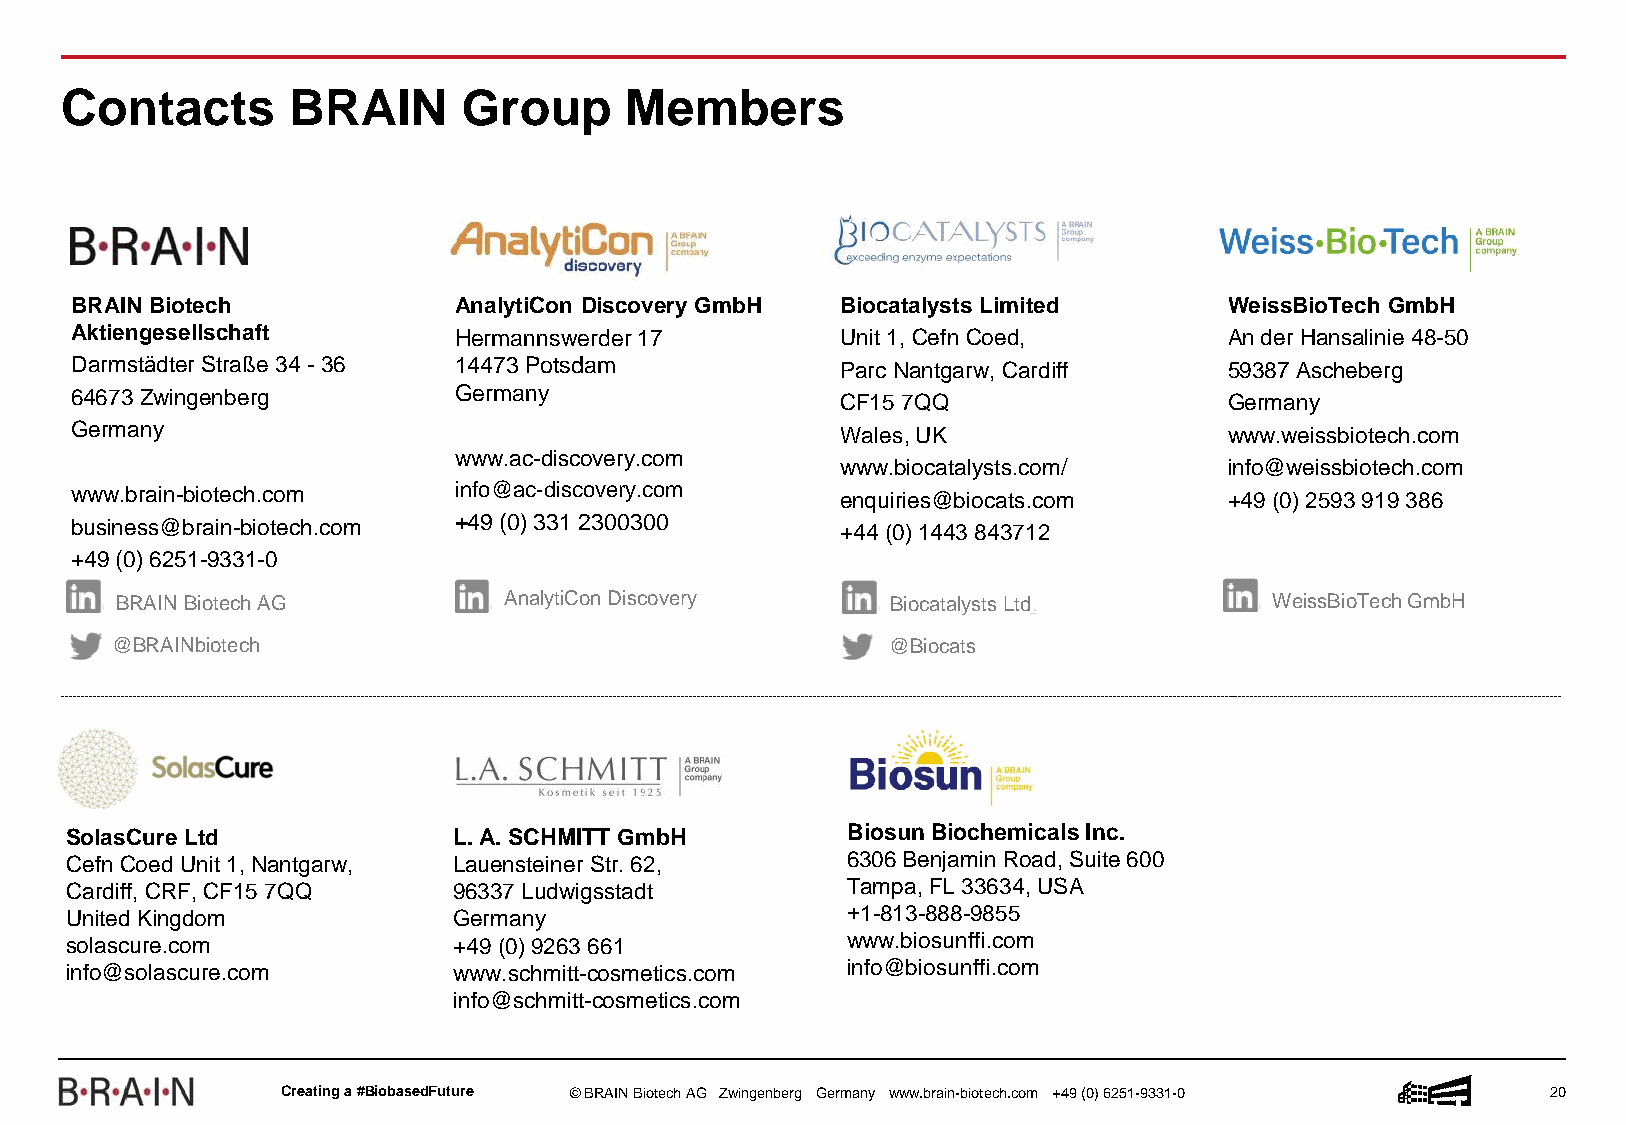
Contacts       BRAIN       Group     Members
 BRAIN Biotech            AnalytiCon Discovery GmbH Biocatalysts Limited     WeissBioTech GmbH
 Aktiengesellschaft       Hermannswerder17          Unit 1, Cefn Coed,       An der Hansalinie 48-50
 Darmstädter Straße 34 -36 14473 Potsdam            ParcNantgarw, Cardiff    59387 Ascheberg
 64673 Zwingenberg        Germany                   CF15 7QQ                 Germany
 Germany                                            Wales, UK                www.weissbiotech.com
 www.ac-discovery.com
 www.biocatalysts.com/    info@weissbiotech.com
 www.brain-biotech.com    info@ac-discovery.com     enquiries@biocats.com    +49 (0) 2593 919 386
 business@brain-biotech.com +49 (0) 331 2300300     +44 (0) 1443 843712
 +49 (0) 6251-9331-0
 BRAIN Biotech AG         AnalytiCon Discovery      Biocatalysts Ltd.        WeissBioTech GmbH
 @BRAINbiotech                                       @Biocats
 SolasCure Ltd             L. A. SCHMITT GmbH        BiosunBiochemicalsInc.
 Cefn CoedUnit 1, Nantgarw, Lauensteiner Str. 62,    6306 Benjamin Road, Suite 600
 Cardiff, CRF, CF15 7QQ    96337 Ludwigsstadt        Tampa, FL 33634, USA
 United Kingdom            Germany                   ​+1-813-888-9855
 solascure.com             +49 (0) 9263 661          www.biosunffi.com
 info@solascure.com        www.schmitt-cosmetics.com info@biosunffi.com
 info@schmitt-cosmetics.com
 Creatinga #BiobasedFuture © BRAIN BiotechAG Zwingenberg Germany www.brain-biotech.com +49 (0) 6251-9331-0 20